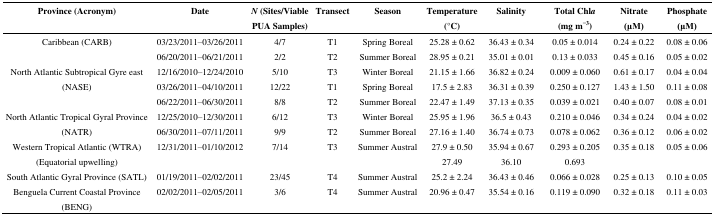
<table><thead><tr><td><b>Province (Acronym)</b></td><td><b>Date</b></td><td><b><i>N</i> (Sites/Viable PUA Samples)</b></td><td><b>Transect</b></td><td><b>Season</b></td><td><b>Temperature (°C)</b></td><td><b>Salinity</b></td><td><b>Total Chl<i>a</i> (mg m<sup>−3</sup>)</b></td><td><b>Nitrate (μM)</b></td><td><b>Phosphate (μM)</b></td></tr></thead><tbody><tr><td rowspan="2">Caribbean (CARB)</td><td>03/23/2011–03/26/2011</td><td>4/7</td><td>T1</td><td>Spring Boreal</td><td>25.28 ± 0.62</td><td>36.43 ± 0.34</td><td>0.05 ± 0.014</td><td>0.24 ± 0.22</td><td>0.08 ± 0.06</td></tr><tr><td>06/20/2011–06/21/2011</td><td>2/2</td><td>T2</td><td>Summer Boreal</td><td>28.95 ± 0.21</td><td>35.01 ± 0.01</td><td>0.13 ± 0.033</td><td>0.45 ± 0.16</td><td>0.05 ± 0.02</td></tr><tr><td rowspan="3">North Atlantic Subtropical Gyre east (NASE)</td><td>12/16/2010–12/24/2010</td><td>5/10</td><td>T3</td><td>Winter Boreal</td><td>21.15 ± 1.66</td><td>36.82 ± 0.24</td><td>0.009 ± 0.060</td><td>0.61 ± 0.17</td><td>0.04 ± 0.04</td></tr><tr><td>03/26/2011–04/10/2011</td><td>12/22</td><td>T1</td><td>Spring Boreal</td><td>17.5 ± 2.83</td><td>36.31 ± 0.39</td><td>0.250 ± 0.127</td><td>1.43 ± 1.50</td><td>0.11 ± 0.08</td></tr><tr><td>06/22/2011–06/30/2011</td><td>8/8</td><td>T2</td><td>Summer Boreal</td><td>22.47 ± 1.49</td><td>37.13 ± 0.35</td><td>0.039 ± 0.021</td><td>0.40 ± 0.07</td><td>0.08 ± 0.01</td></tr><tr><td rowspan="2">North Atlantic Tropical Gyral Province (NATR)</td><td>12/25/2010–12/30/2011</td><td>6/12</td><td>T3</td><td>Winter Boreal</td><td>25.95 ± 1.96</td><td>36.5 ± 0.43</td><td>0.210 ± 0.046</td><td>0.34 ± 0.24</td><td>0.04 ± 0.02</td></tr><tr><td>06/30/2011–07/11/2011</td><td>9/9</td><td>T2</td><td>Summer Boreal</td><td>27.16 ± 1.40</td><td>36.74 ± 0.73</td><td>0.078 ± 0.062</td><td>0.36 ± 0.12</td><td>0.06 ± 0.02</td></tr><tr><td rowspan="2">Western Tropical Atlantic (WTRA) (Equatorial upwelling)</td><td>12/31/2011–01/10/2012</td><td>7/14</td><td>T3 </td><td>Summer Austral </td><td>27.9 ± 0.50</td><td>35.94 ± 0.67</td><td>0.293 ± 0.205</td><td>0.35 ± 0.18</td><td>0.05 ± 0.06</td></tr><tr><td></td><td></td><td></td><td></td><td>27.49</td><td>36.10</td><td>0.693</td><td></td><td></td></tr><tr><td>South Atlantic Gyral Province (SATL)</td><td>01/19/2011–02/02/2011</td><td>23/45</td><td>T4</td><td>Summer Austral</td><td>25.2 ± 2.24</td><td>36.43 ± 0.46</td><td>0.066 ± 0.028</td><td>0.25 ± 0.13</td><td>0.10 ± 0.05 </td></tr><tr><td>Benguela Current Coastal Province (BENG)</td><td>02/02/2011–02/05/2011</td><td>3/6</td><td>T4</td><td>Summer Austral</td><td>20.96 ± 0.47</td><td>35.54 ± 0.16</td><td>0.119 ± 0.090</td><td>0.32 ± 0.18</td><td>0.11 ± 0.03</td></tr></tbody></table>